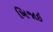
ખિજાઇ